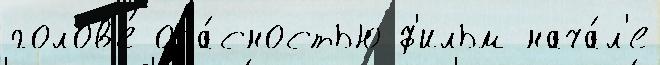
голов'е́ опа́сностью ф'ильм нача́л'е